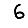
Digit: 6